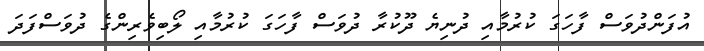
އުފަންދުވަސް ފާހަގަ ކުރުމާއި ދުނިޔެ ދޫކުރާ ދުވަސް ފާހަގަ ކުރުމާއި ލޯބިވެރިންގެ ދުވަސްފަދަ